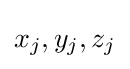
x_{j},y_{j},z_{j}